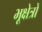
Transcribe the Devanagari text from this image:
भूक्षेत्रों